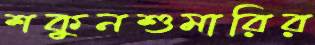
শকুনশুমারির